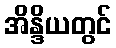
အိန္ဒိယတွင်